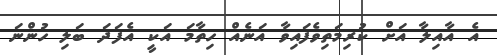
އެ އާއިލާ އަށް ކުރިމަތިވެފައިވާ އަނެއް ހިތާމަ އަކީ އެފަދަ ބަލި ހުންނަ